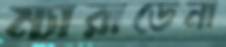
ম্যারাডেনা